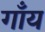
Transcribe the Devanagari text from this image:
गाँय